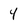
Character: 4